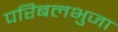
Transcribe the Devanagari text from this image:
परिबलभुजा